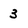
Character: 3